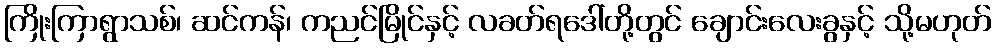
ကြိုးကြာရွာသစ်၊ ဆင်ကန်၊ ကညင်မြိုင်နှင့် လခတ်ရဒေါ်တို့တွင် ချောင်းလေးခွနှင့် သို့မဟုတ်